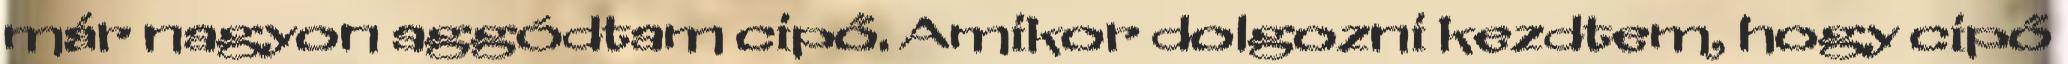
már nagyon aggódtam cipő. Amikor dolgozni kezdtem, hogy cipő